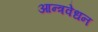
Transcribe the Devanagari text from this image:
आन्त्रवेधन